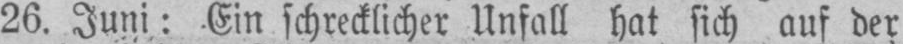
26. Juni: Ein schrecklicher Unfall hat sich auf der